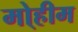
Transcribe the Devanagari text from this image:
मो्हीम